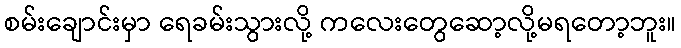
စမ်းချောင်းမှာ ရေခမ်းသွားလို့ ကလေးတွေဆော့လို့မရတော့ဘူး။